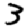
Digit: 3